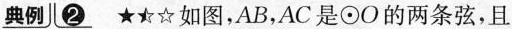
典例 ❷ ★★☆如图，AB，AC是⊙O的两条弦，且